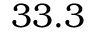
3 3 . 3